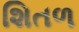
શિતળ